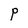
Character: P